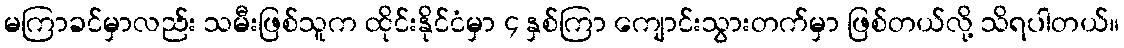
မကြာခင်မှာလည်း သမီးဖြစ်သူက ထိုင်းနိုင်ငံမှာ ၄ နှစ်ကြာ ကျောင်းသွားတက်မှာ ဖြစ်တယ်လို့ သိရပါတယ်။